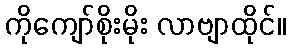
ကိုကျော်စိုးမိုး လာဗျာထိုင်။